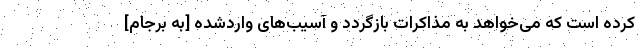
کرده است که می‌خواهد به مذاکرات بازگردد و آسیب‌های واردشده [به برجام]